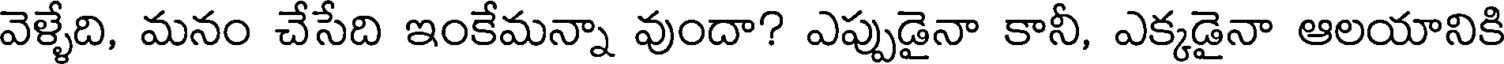
వెళ్ళేది, మనం చేసేది ఇంకేమన్నా వుందా? ఎప్పుడైనా కానీ, ఎక్కడైనా ఆలయానికి